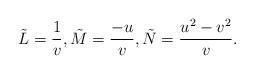
LaTeX: \begin{align*}\tilde{L}=\frac{1}{v},\tilde{M}=\frac{-u}{v},\tilde{N}=\frac{u^2-v^2}{v}.\end{align*}